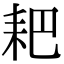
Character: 耙